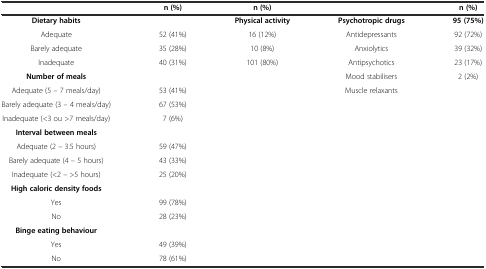
|  | n (%) | n (%) |  | n (%) |
 | --- | --- | --- | --- | --- |
 | Dietary habits |  | Physical activity | Psychotropic drugs | 95 (75%) |
 | Adequate | 52 (41%) | 16 (12%) | Antidepressants | 92 (72%) |
 | Barely adequate | 35 (28%) | 10 (8%) | Anxiolytics | 39 (32%) |
 | Inadequate | 40 (31%) | 101 (80%) | Antipsychotics | 23 (17%) |
 | Number of meals |  |  | Mood stabilisers | 2 (2%) |
 | Adequate (5 – 7 meals/day) | 53 (41%) |  | Muscle relaxants |  |
 | Barely adequate (3 – 4 meals/day) | 67 (53%) |  |  |  |
 | Inadequate (<3 ou >7 meals/day) | 7 (6%) |  |  |  |
 | Interval between meals |  |  |  |  |
 | Adequate (2 – 3.5 hours) | 59 (47%) |  |  |  |
 | Barely adequate (4 – 5 hours) | 43 (33%) |  |  |  |
 | Inadequate (<2 – >5 hours) | 25 (20%) |  |  |  |
 | High caloric density foods |  |  |  |  |
 | Yes | 99 (78%) |  |  |  |
 | No | 28 (23%) |  |  |  |
 | Binge eating behaviour |  |  |  |  |
 | Yes | 49 (39%) |  |  |  |
 | No | 78 (61%) |  |  |  |